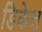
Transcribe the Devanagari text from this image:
डिकेल